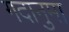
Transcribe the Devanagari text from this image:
गदानुमा